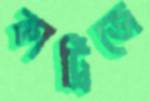
কার্ট্রিজে